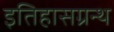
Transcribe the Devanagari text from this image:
इतिहासग्रन्थ